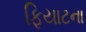
ફિયાટના